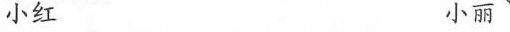
小红 小丽